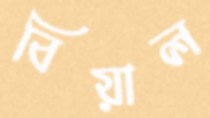
বিয়াল